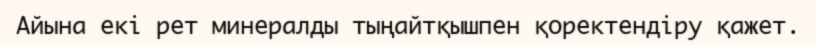
Айына екі рет минералды тыңайтқышпен қоректендіру қажет.